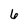
Character: 6